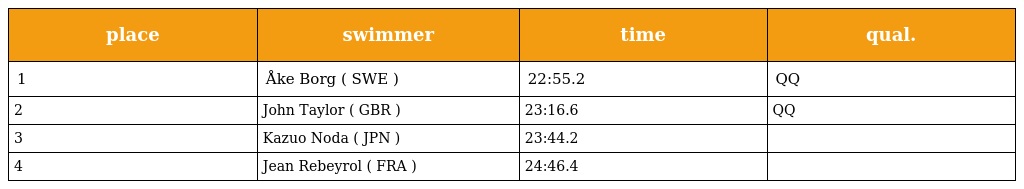
| place | swimmer | time | qual. |
 | --- | --- | --- | --- |
 | 1 | Åke Borg ( SWE ) | 22:55.2 | QQ |
 | 2 | John Taylor ( GBR ) | 23:16.6 | QQ |
 | 3 | Kazuo Noda ( JPN ) | 23:44.2 |  |
 | 4 | Jean Rebeyrol ( FRA ) | 24:46.4 |  |